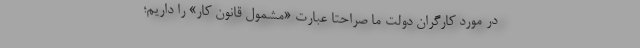
در مورد کارگران دولت ما صراحتاً عبارتِ «مشمول قانون کار» را داریم؛